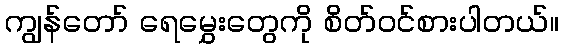
ကျွန်တော် ရေမွှေးတွေကို စိတ်ဝင်စားပါတယ်။